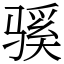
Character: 𫘬